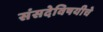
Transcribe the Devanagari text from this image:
संसदेविषयीचे